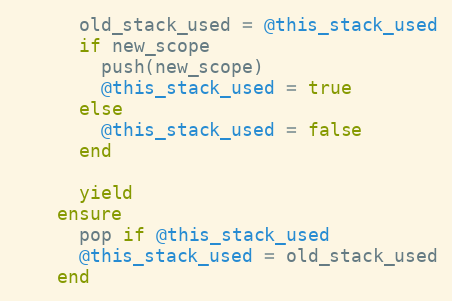
Language: Ruby
      old_stack_used = @this_stack_used
      if new_scope
        push(new_scope)
        @this_stack_used = true
      else
        @this_stack_used = false
      end

      yield
    ensure
      pop if @this_stack_used
      @this_stack_used = old_stack_used
    end